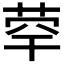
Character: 𦯼